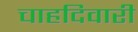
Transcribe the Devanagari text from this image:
चाहदिवारी